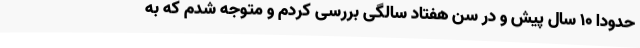
حدودا 10 سال پیش و در سن هفتاد سالگی بررسی کردم و متوجه شدم که به